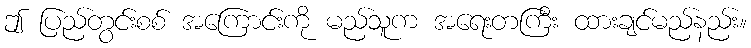
ဤ ပြည်တွင်းစစ် အကြောင်းကို မည်သူက အရေးတကြီး ထားချင်မည်နည်း။